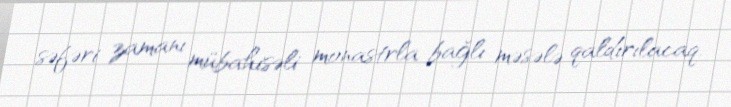
səfəri zamanı mübahisəli monastrla bağlı məsələ qaldırılacaq.